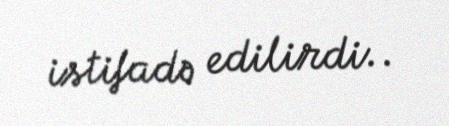
istifadə edilirdi..